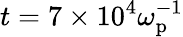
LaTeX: t=7\times 10^{4}\omega_{\mathrm{p}}^{-1}